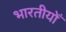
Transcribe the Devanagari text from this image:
भारतीयोँ